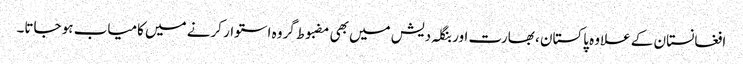
افغانستان کے علاوہ پاکستان ، بھارت اور بنگلہ دیش میں بھی مضبوط گروہ استوار کرنے میں کامیاب ہو جاتا۔